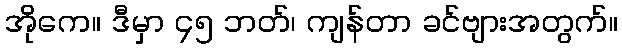
အိုကေ။ ဒီမှာ ၄၅ ဘတ်၊ ကျန်တာ ခင်ဗျားအတွက်။